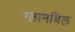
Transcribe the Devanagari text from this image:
ग्लानबिल